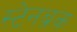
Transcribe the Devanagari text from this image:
स्टेनब्रक